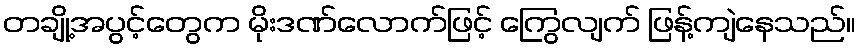
တချို့အပွင့်တွေက မိုးဒဏ်လောက်ဖြင့် ကြွေလျက် ဖြန့်ကျဲနေသည်။